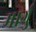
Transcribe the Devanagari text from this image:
मार्गु